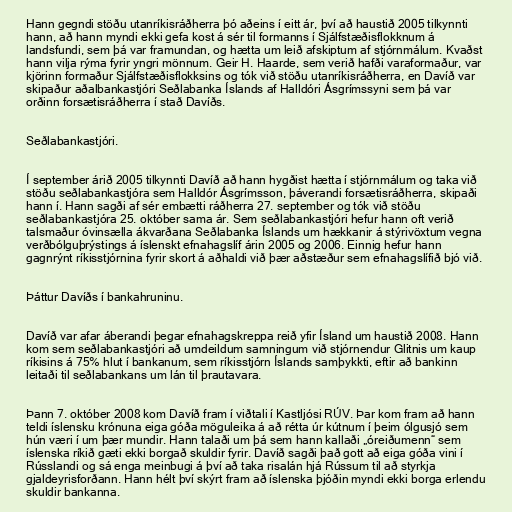
Hann gegndi stöðu utanríkisráðherra þó aðeins í eitt ár, því að haustið 2005 tilkynnti
hann, að hann myndi ekki gefa kost á sér til formanns í Sjálfstæðisflokknum á
landsfundi, sem þá var framundan, og hætta um leið afskiptum af stjórnmálum. Kvaðst
hann vilja rýma fyrir yngri mönnum. Geir H. Haarde, sem verið hafði varaformaður, var
kjörinn formaður Sjálfstæðisflokksins og tók við stöðu utanríkisráðherra, en Davíð var
skipaður aðalbankastjóri Seðlabanka Íslands af Halldóri Ásgrímssyni sem þá var
orðinn forsætisráðherra í stað Davíðs.

Seðlabankastjóri.

Í september árið 2005 tilkynnti Davíð að hann hygðist hætta í stjórnmálum og taka við
stöðu seðlabankastjóra sem Halldór Ásgrímsson, þáverandi forsætisráðherra, skipaði
hann í. Hann sagði af sér embætti ráðherra 27. september og tók við stöðu
seðlabankastjóra 25. október sama ár. Sem seðlabankastjóri hefur hann oft verið
talsmaður óvinsælla ákvarðana Seðlabanka Íslands um hækkanir á stýrivöxtum vegna
verðbólguþrýstings á íslenskt efnahagslíf árin 2005 og 2006. Einnig hefur hann
gagnrýnt ríkisstjórnina fyrir skort á aðhaldi við þær aðstæður sem efnahagslífið bjó við.

Þáttur Davíðs í bankahruninu.

Davíð var afar áberandi þegar efnahagskreppa reið yfir Ísland um haustið 2008. Hann
kom sem seðlabankastjóri að umdeildum samningum við stjórnendur Glitnis um kaup
ríkisins á 75% hlut í bankanum, sem ríkisstjórn Íslands samþykkti, eftir að bankinn
leitaði til seðlabankans um lán til þrautavara.

Þann 7. október 2008 kom Davíð fram í viðtali í Kastljósi RÚV. Þar kom fram að hann
teldi íslensku krónuna eiga góða möguleika á að rétta úr kútnum í þeim ólgusjó sem
hún væri í um þær mundir. Hann talaði um þá sem hann kallaði „óreiðumenn“ sem
íslenska ríkið gæti ekki borgað skuldir fyrir. Davíð sagði það gott að eiga góða vini í
Rússlandi og sá enga meinbugi á því að taka risalán hjá Rússum til að styrkja
gjaldeyrisforðann. Hann hélt því skýrt fram að íslenska þjóðin myndi ekki borga erlendu
skuldir bankanna.